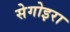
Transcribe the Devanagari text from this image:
सेगोइरा